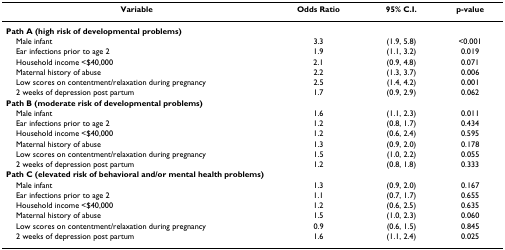
| Variable | Odds Ratio | 95% C.I. | p-value |
 | --- | --- | --- | --- |
 | Path A (high risk of developmental problems) |  |  |  |
 | Male infant | 3.3 | (1.9, 5.8) | <0.001 |
 | Ear infections prior to age 2 | 1.9 | (1.1, 3.2) | 0.019 |
 | Household income <$40,000 | 2.1 | (0.9, 4.8) | 0.071 |
 | Maternal history of abuse | 2.2 | (1.3, 3.7) | 0.006 |
 | Low scores on contentment/relaxation during pregnancy | 2.5 | (1.4, 4.2) | 0.001 |
 | 2 weeks of depression post partum | 1.7 | (0.9, 2.9) | 0.062 |
 | Path B (moderate risk of developmental problems) |  |  |  |
 | Male infant | 1.6 | (1.1, 2.3) | 0.011 |
 | Ear infections prior to age 2 | 1.2 | (0.8, 1.7) | 0.434 |
 | Household income <$40,000 | 1.2 | (0.6, 2.4) | 0.595 |
 | Maternal history of abuse | 1.3 | (0.9, 2.0) | 0.178 |
 | Low scores on contentment/relaxation during pregnancy | 1.5 | (1.0, 2.2) | 0.055 |
 | 2 weeks of depression post partum | 1.2 | (0.8, 1.8) | 0.333 |
 | Path C (elevated risk of behavioral and/or mental health problems) |  |  |  |
 | Male infant | 1.3 | (0.9, 2.0) | 0.167 |
 | Ear infections prior to age 2 | 1.1 | (0.7, 1.7) | 0.655 |
 | Household income <$40,000 | 1.2 | (0.6, 2.5) | 0.635 |
 | Maternal history of abuse | 1.5 | (1.0, 2.3) | 0.060 |
 | Low scores on contentment/relaxation during pregnancy | 0.9 | (0.6, 1.5) | 0.845 |
 | 2 weeks of depression post partum | 1.6 | (1.1, 2.4) | 0.025 |